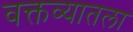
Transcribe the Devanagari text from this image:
वक्तव्यातला